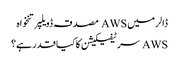
ڈالر میں AWS مصدقہ ڈویلپر تنخواہ
AWS سرٹیفیکیشن کا کیا قدر ہے؟